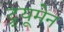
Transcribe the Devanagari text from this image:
ट्र्यूमेन